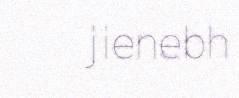
jienebh